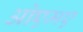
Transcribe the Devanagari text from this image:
ओएमए